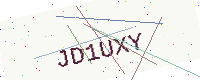
Text: JD1UXY